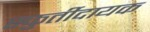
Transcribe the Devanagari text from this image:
स्फुर्तीदायक